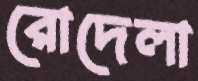
রোদেলা